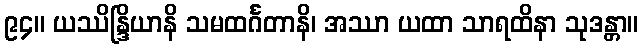
၉၄။ ယဿိန္ဒြိယာနိ သမထင်္ဂတာနိ၊ အဿာ ယထာ သာရထိနာ သုဒန္တာ။